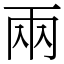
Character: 兩